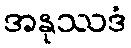
အနုဿဒံ